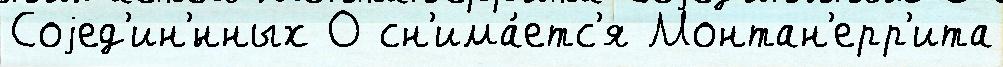
Соjед'ин'́нных О сн'има́етс'я Монтан'ерр'ита